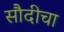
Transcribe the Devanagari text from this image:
सौदीचा